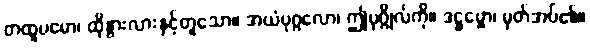
တထူပမော၊ ထိုနွားလားနှင့်တူသော။ အယံပုဂ္ဂလော၊ ဤပုဂ္ဂိုလ်ကို။ ဒဋ္ဌဗ္ဗော၊ မှတ်အပ်၏။